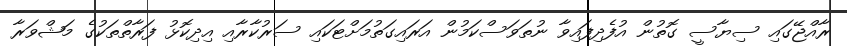
ރާއްޖޭގައި ސިޔާސީ ގޮތުން އުފެދިފައިވާ ނުތަވަސްކަމުން އަރައިގަތުމަށްޓަކައި ސަރުކާރާއި އިދިކޮޅު ފަރާތްތަކުގެ މަޝްވަރާ